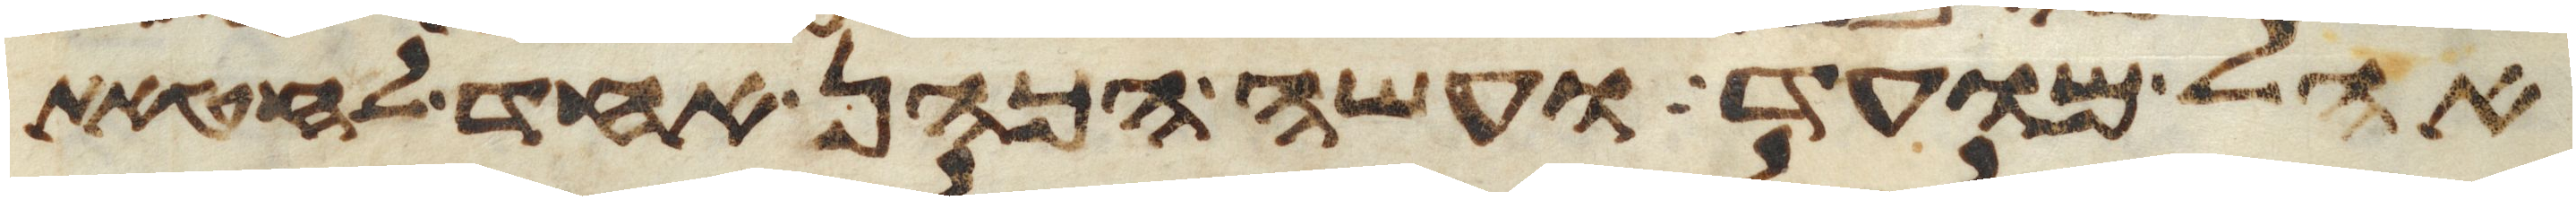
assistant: אהל מועד ועשה הכהן אחד לחטאת